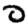
Digit: 0